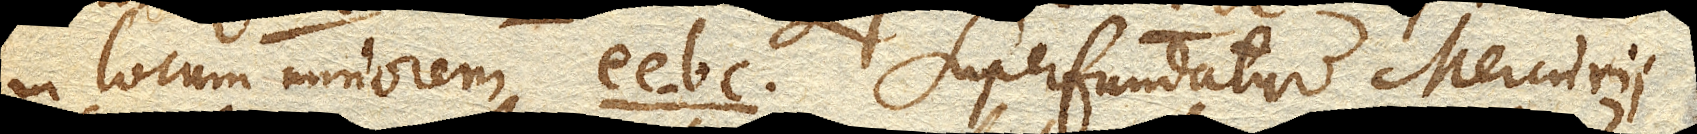
in locum minorem ee-bc. Superfundatur Mercurii